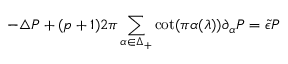
- \triangle P + ( p + 1 ) 2 \pi \sum _ { \alpha \in \Delta _ { + } } \cot ( \pi \alpha ( \lambda ) ) \partial _ { \alpha } P = \tilde { \epsilon } P